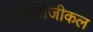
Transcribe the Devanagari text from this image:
पोमोलोजीकल